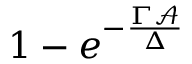
1 - e ^ { - \frac { \Gamma \mathcal { A } } { \Delta } }